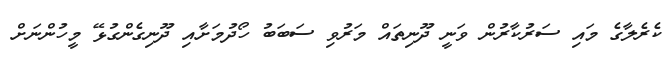
ކެރެލާގެ މައި ސަރުކާރުން ވަނީ ދޫނިތައް މަރުވި ސަބަބު ހޯދުމަށާއި ދޫނިގެންގުޅޭ މީހުންނަށް